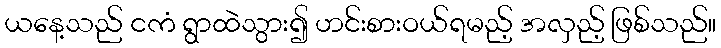
ယနေ့သည် ငကံ ရွာထဲသွား၍ ဟင်းစားဝယ်ရမည့် အလှည့် ဖြစ်သည်။